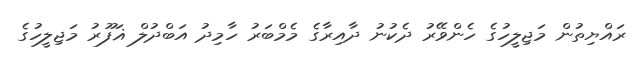
ރައްޔިތުން މަޖިލީހުގެ ހެންވޭރު ދެކުނު ދާއިރާގެ މެމްބަރު ހާމިދު އަބްދުލް ޣަފޫރު މަޖިލީހުގެ